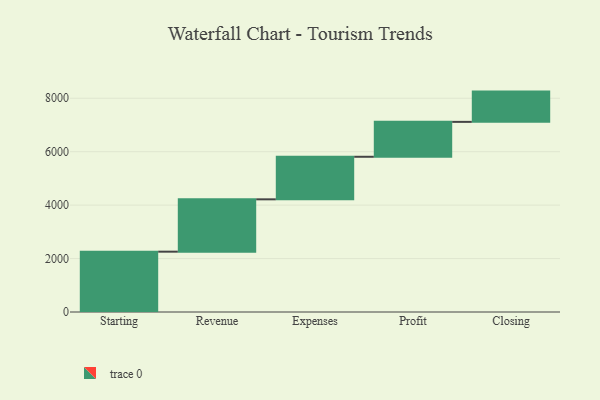
{"axis": {"x": "Step", "y": "Value"}, "legend": [""], "data": [{"x": "Starting", "y": 2258.0, "type": ""}, {"x": "Revenue", "y": 1959.0, "type": ""}, {"x": "Expenses", "y": 1593.0, "type": ""}, {"x": "Profit", "y": 1306.0, "type": ""}, {"x": "Closing", "y": 1133.0, "type": ""}]}